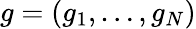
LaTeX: g=(g_{1},\dotsc,g_{N})